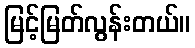
မြင့်မြတ်လွန်းတယ်။